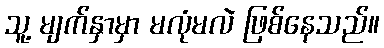
သူ့ မျက်နှာမှာ မလုံမလဲ ဖြစ်နေသည်။